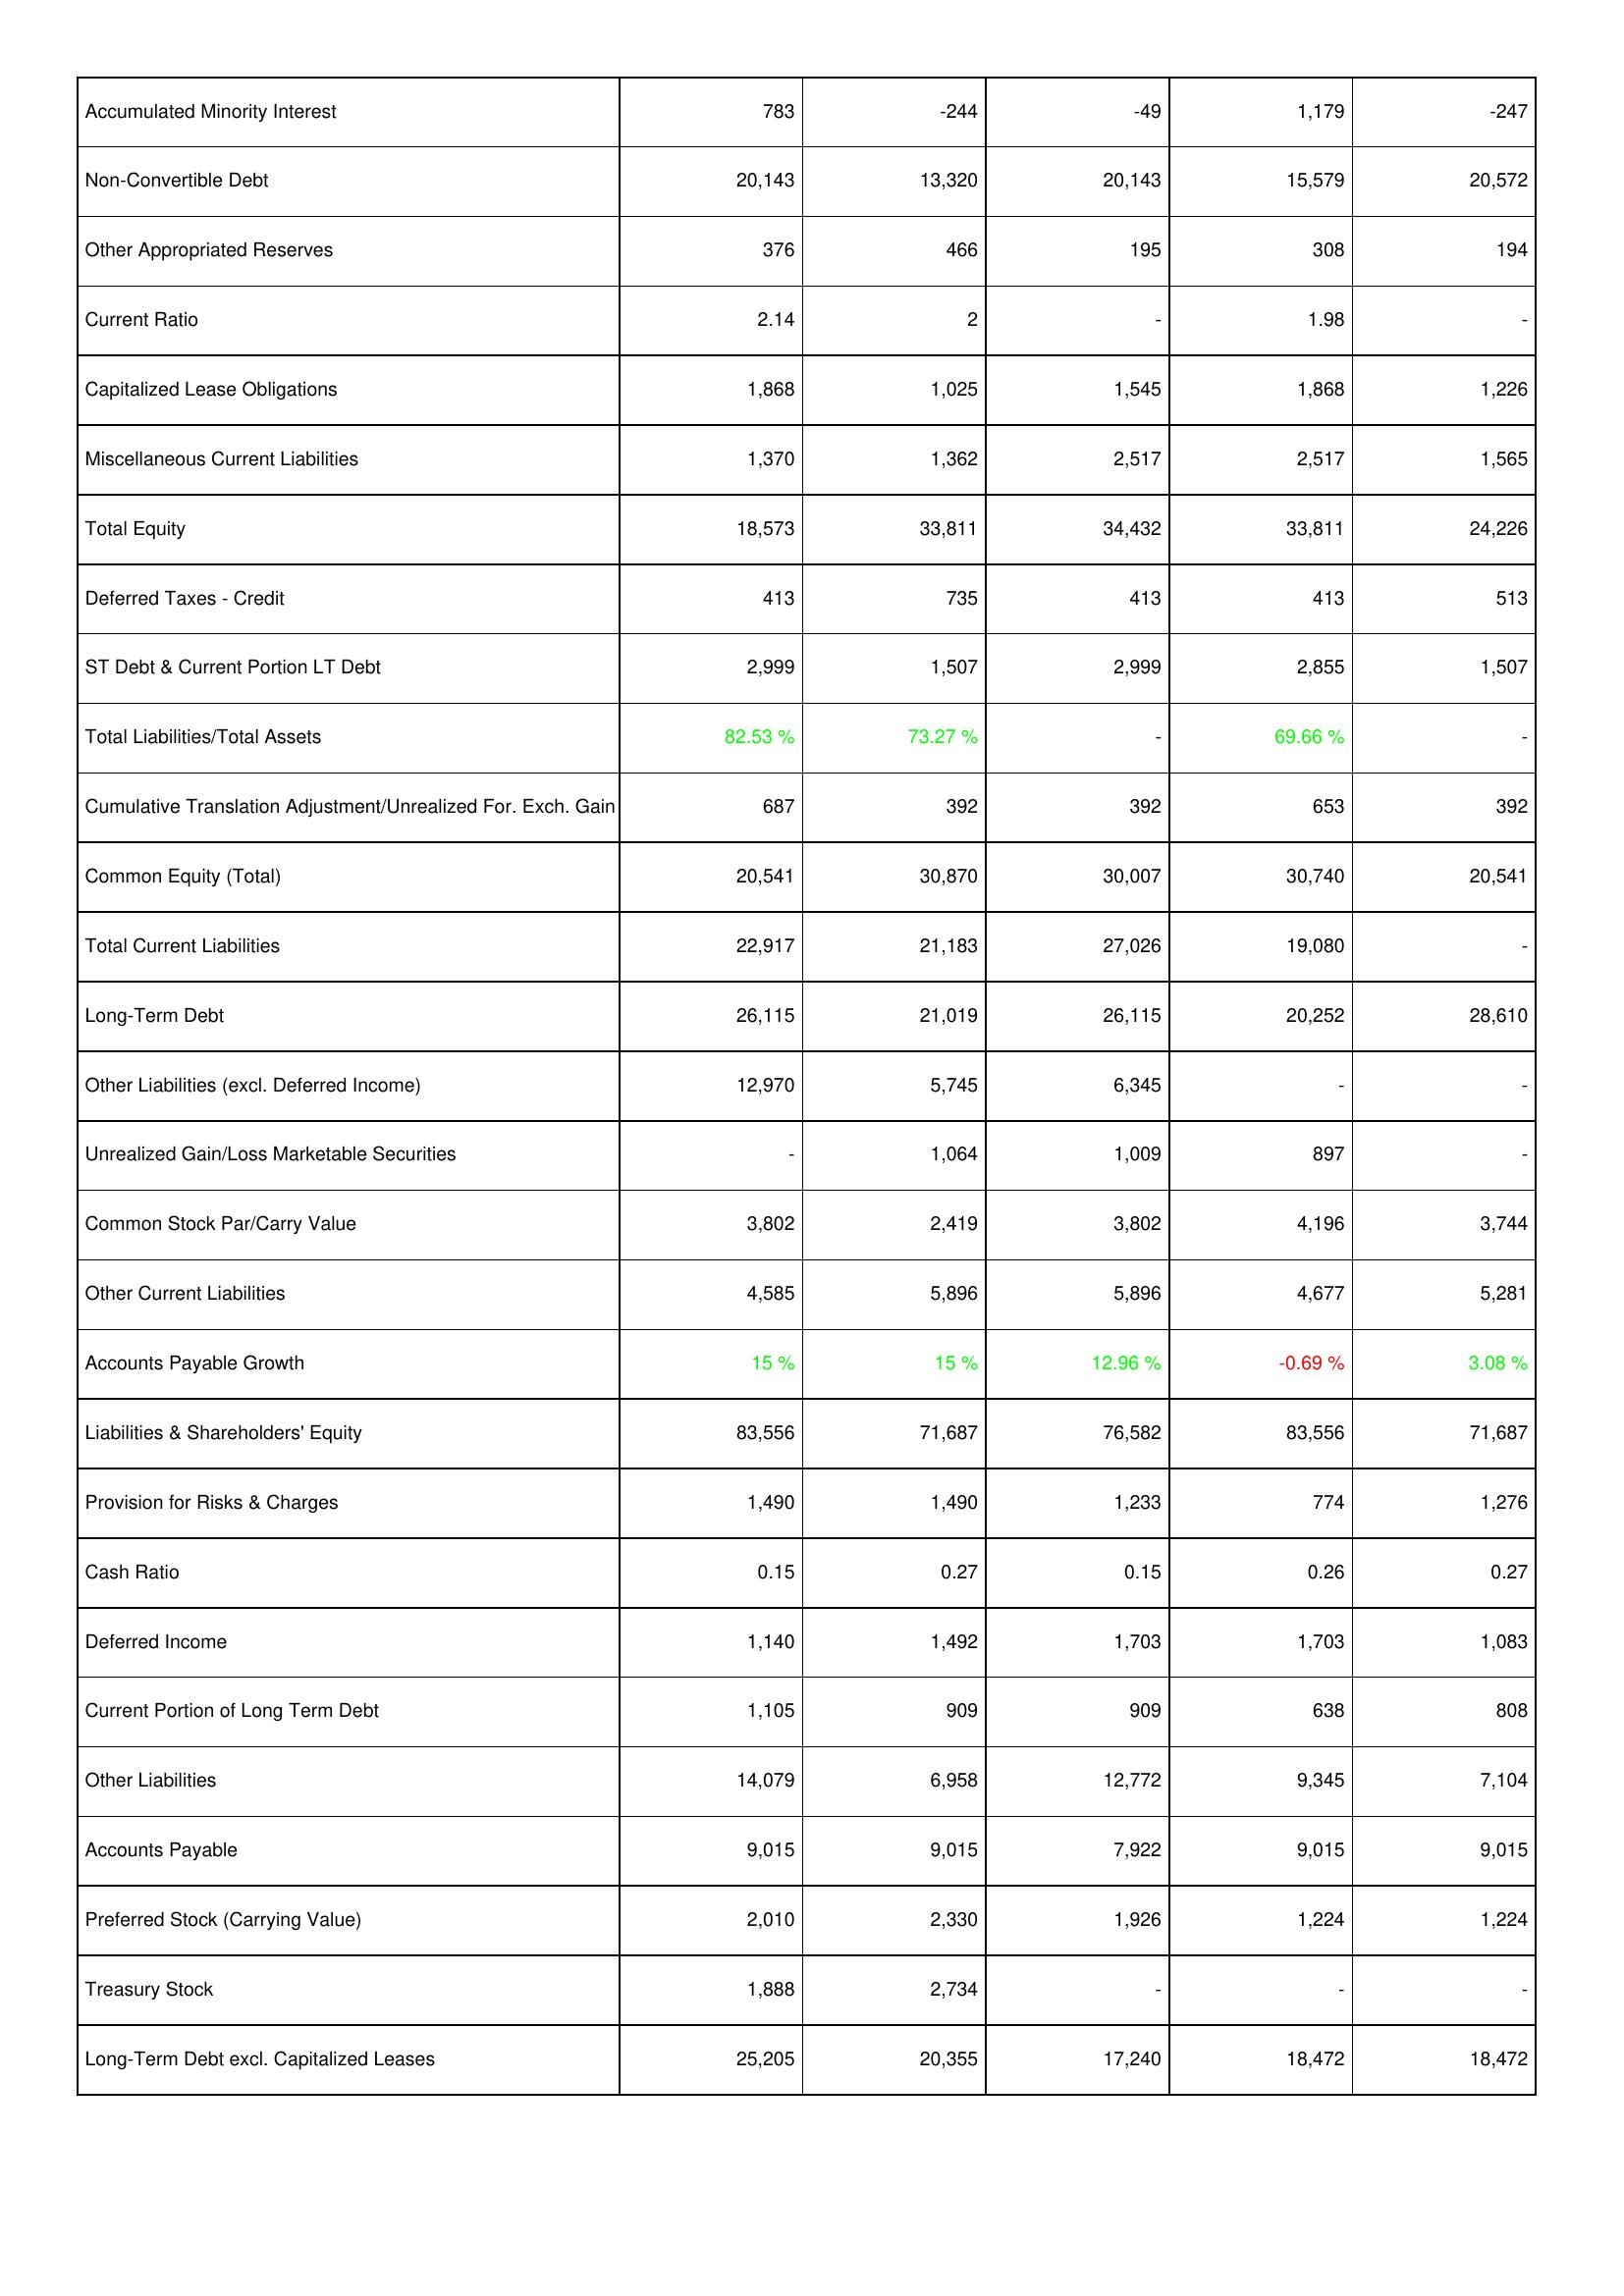
2010: Liabilities & Shareholders' Equity: Accumulated Minority Interest: 783
Non-Convertible Debt: 20,143
Other Appropriated Reserves: 376
Current Ratio: 2.14
Capitalized Lease Obligations: 1,868
Miscellaneous Current Liabilities: 1,370
Total Equity: 18,573
Deferred Taxes - Credit: 413
ST Debt & Current Portion LT Debt: 2,999
Total Liabilities/Total Assets: 82.53 %
Cumulative Translation Adjustment/Unrealized For. Exch. Gain: 687
Common Equity (Total): 20,541
Total Current Liabilities: 22,917
Long-Term Debt: 26,115
Other Liabilities (excl. Deferred Income): 12,970
Unrealized Gain/Loss Marketable Securities: -
Common Stock Par/Carry Value: 3,802
Other Current Liabilities: 4,585
Accounts Payable Growth: 15 %
Liabilities & Shareholders' Equity: 83,556
Provision for Risks & Charges: 1,490
Cash Ratio: 0.15
Deferred Income: 1,140
Current Portion of Long Term Debt: 1,105
Other Liabilities: 14,079
Accounts Payable: 9,015
Preferred Stock (Carrying Value): 2,010
Treasury Stock: 1,888
Long-Term Debt excl. Capitalized Leases: 25,205
2009: Liabilities & Shareholders' Equity: Accumulated Minority Interest: -244
Non-Convertible Debt: 13,320
Other Appropriated Reserves: 466
Current Ratio: 2
Capitalized Lease Obligations: 1,025
Miscellaneous Current Liabilities: 1,362
Total Equity: 33,811
Deferred Taxes - Credit: 735
ST Debt & Current Portion LT Debt: 1,507
Total Liabilities/Total Assets: 73.27 %
Cumulative Translation Adjustment/Unrealized For. Exch. Gain: 392
Common Equity (Total): 30,870
Total Current Liabilities: 21,183
Long-Term Debt: 21,019
Other Liabilities (excl. Deferred Income): 5,745
Unrealized Gain/Loss Marketable Securities: 1,064
Common Stock Par/Carry Value: 2,419
Other Current Liabilities: 5,896
Accounts Payable Growth: 15 %
Liabilities & Shareholders' Equity: 71,687
Provision for Risks & Charges: 1,490
Cash Ratio: 0.27
Deferred Income: 1,492
Current Portion of Long Term Debt: 909
Other Liabilities: 6,958
Accounts Payable: 9,015
Preferred Stock (Carrying Value): 2,330
Treasury Stock: 2,734
Long-Term Debt excl. Capitalized Leases: 20,355
2008: Liabilities & Shareholders' Equity: Accumulated Minority Interest: -49
Non-Convertible Debt: 20,143
Other Appropriated Reserves: 195
Current Ratio: -
Capitalized Lease Obligations: 1,545
Miscellaneous Current Liabilities: 2,517
Total Equity: 34,432
Deferred Taxes - Credit: 413
ST Debt & Current Portion LT Debt: 2,999
Total Liabilities/Total Assets: -
Cumulative Translation Adjustment/Unrealized For. Exch. Gain: 392
Common Equity (Total): 30,007
Total Current Liabilities: 27,026
Long-Term Debt: 26,115
Other Liabilities (excl. Deferred Income): 6,345
Unrealized Gain/Loss Marketable Securities: 1,009
Common Stock Par/Carry Value: 3,802
Other Current Liabilities: 5,896
Accounts Payable Growth: 12.96 %
Liabilities & Shareholders' Equity: 76,582
Provision for Risks & Charges: 1,233
Cash Ratio: 0.15
Deferred Income: 1,703
Current Portion of Long Term Debt: 909
Other Liabilities: 12,772
Accounts Payable: 7,922
Preferred Stock (Carrying Value): 1,926
Treasury Stock: -
Long-Term Debt excl. Capitalized Leases: 17,240
2007: Liabilities & Shareholders' Equity: Accumulated Minority Interest: 1,179
Non-Convertible Debt: 15,579
Other Appropriated Reserves: 308
Current Ratio: 1.98
Capitalized Lease Obligations: 1,868
Miscellaneous Current Liabilities: 2,517
Total Equity: 33,811
Deferred Taxes - Credit: 413
ST Debt & Current Portion LT Debt: 2,855
Total Liabilities/Total Assets: 69.66 %
Cumulative Translation Adjustment/Unrealized For. Exch. Gain: 653
Common Equity (Total): 30,740
Total Current Liabilities: 19,080
Long-Term Debt: 20,252
Other Liabilities (excl. Deferred Income): -
Unrealized Gain/Loss Marketable Securities: 897
Common Stock Par/Carry Value: 4,196
Other Current Liabilities: 4,677
Accounts Payable Growth: -0.69 %
Liabilities & Shareholders' Equity: 83,556
Provision for Risks & Charges: 774
Cash Ratio: 0.26
Deferred Income: 1,703
Current Portion of Long Term Debt: 638
Other Liabilities: 9,345
Accounts Payable: 9,015
Preferred Stock (Carrying Value): 1,224
Treasury Stock: -
Long-Term Debt excl. Capitalized Leases: 18,472
2006: Liabilities & Shareholders' Equity: Accumulated Minority Interest: -247
Non-Convertible Debt: 20,572
Other Appropriated Reserves: 194
Current Ratio: -
Capitalized Lease Obligations: 1,226
Miscellaneous Current Liabilities: 1,565
Total Equity: 24,226
Deferred Taxes - Credit: 513
ST Debt & Current Portion LT Debt: 1,507
Total Liabilities/Total Assets: -
Cumulative Translation Adjustment/Unrealized For. Exch. Gain: 392
Common Equity (Total): 20,541
Total Current Liabilities: -
Long-Term Debt: 28,610
Other Liabilities (excl. Deferred Income): -
Unrealized Gain/Loss Marketable Securities: -
Common Stock Par/Carry Value: 3,744
Other Current Liabilities: 5,281
Accounts Payable Growth: 3.08 %
Liabilities & Shareholders' Equity: 71,687
Provision for Risks & Charges: 1,276
Cash Ratio: 0.27
Deferred Income: 1,083
Current Portion of Long Term Debt: 808
Other Liabilities: 7,104
Accounts Payable: 9,015
Preferred Stock (Carrying Value): 1,224
Treasury Stock: -
Long-Term Debt excl. Capitalized Leases: 18,472